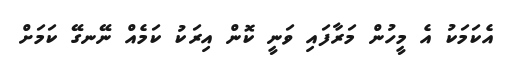
އެކަމަކު އެ މީހުން މަރާފައި ވަނީ ކޮން އިރަކު ކަމެއް ނޭނގޭ ކަމަށް